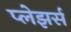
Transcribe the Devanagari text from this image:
प्लेझर्स